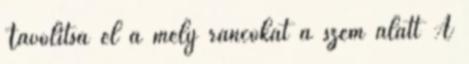
Távolítsa el a mély ráncokat a szem alatt A